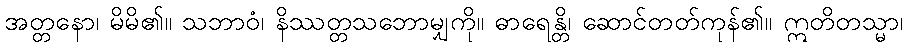
အတ္တနော၊ မိမိ၏။ သဘာဝံ၊ နိဿတ္တသဘောမျှကို။ ဓာရေန္တိ၊ ဆောင်တတ်ကုန်၏။ ဣတိတသ္မာ၊